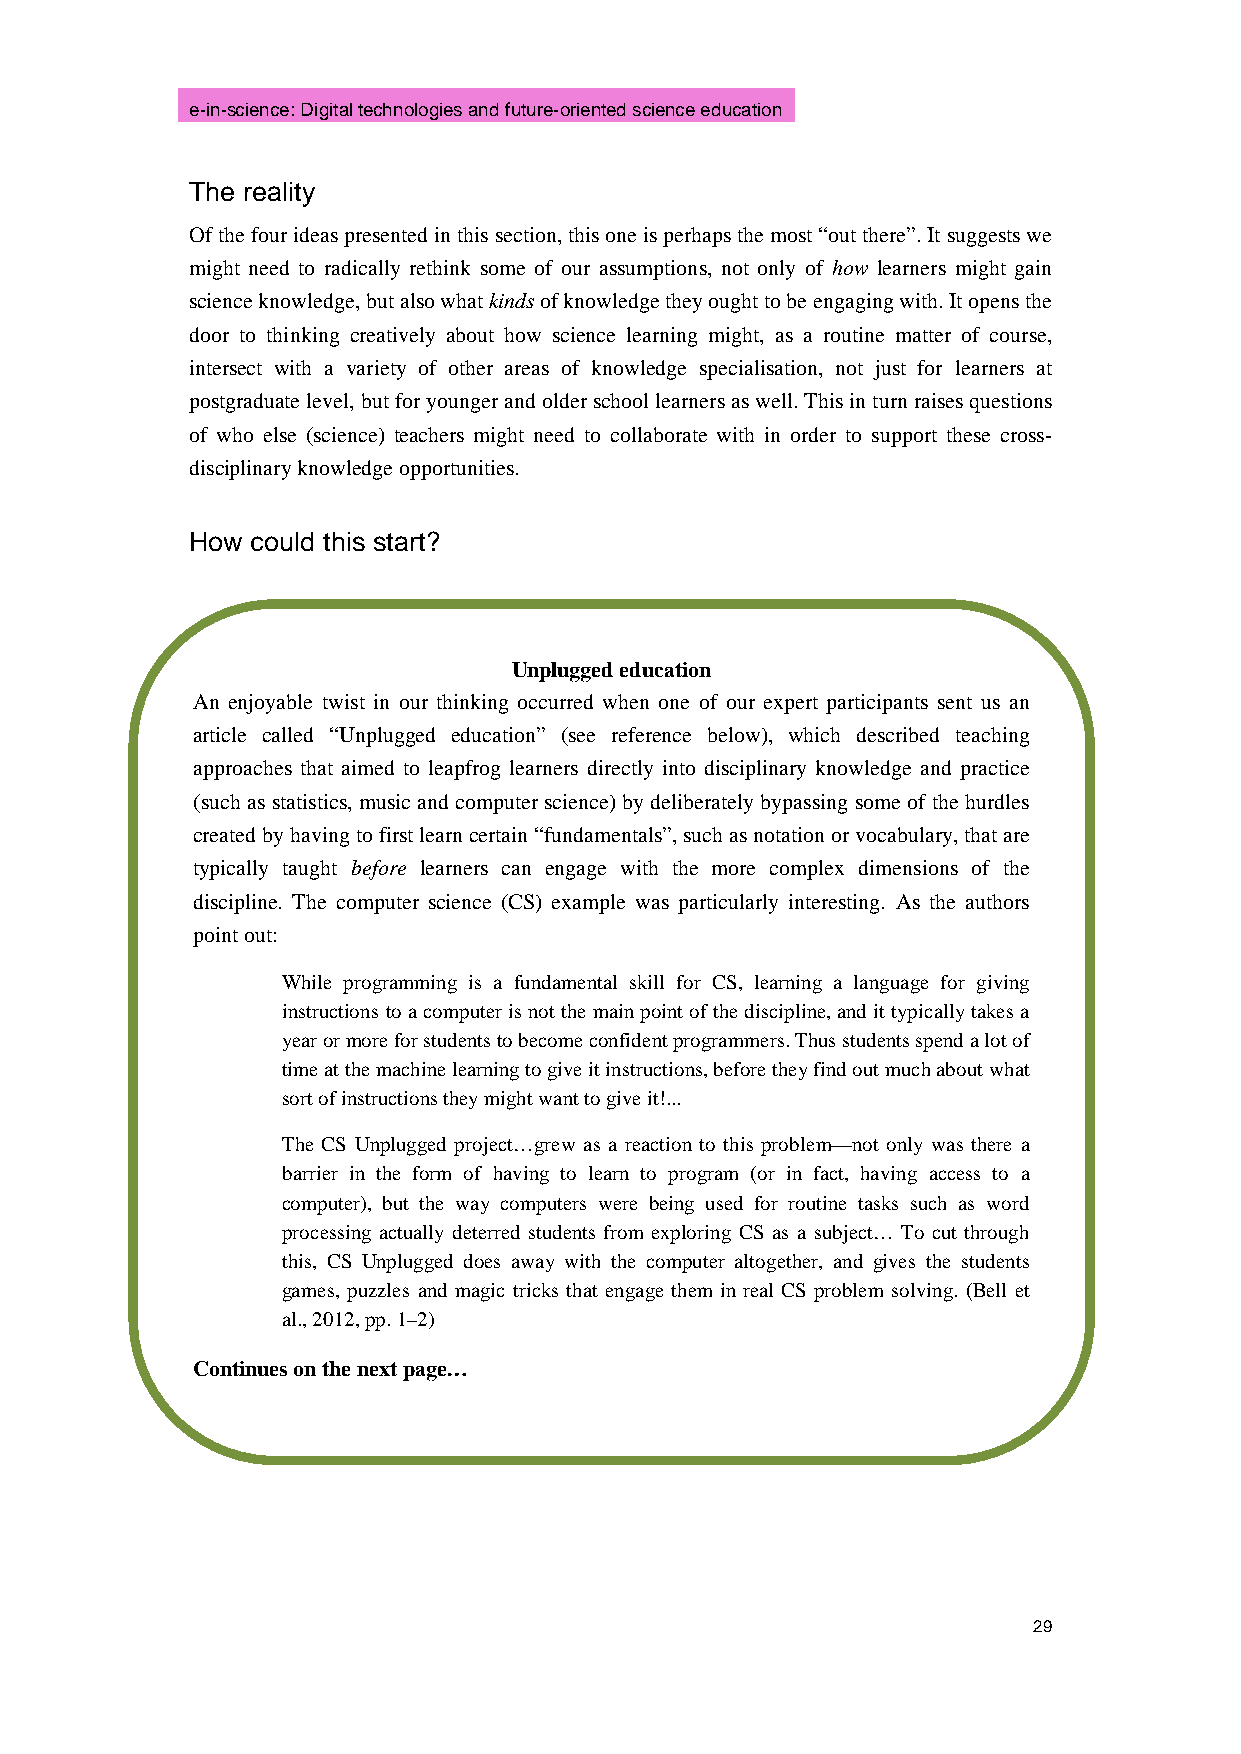
e-in-science: Digital technologies and future-oriented science education
 The reality
 Of the four ideas presented in this section, this one is perhaps the most “out there”. It suggests we
 might need to radically rethink some of our assumptions, not only of how learners might gain
 science knowledge, but also what kinds of knowledge they ought to be engaging with. It opens the
 door to thinking creatively about how science learning might, as a routine matter of course,
 intersect with a variety of other areas of knowledge specialisation, not just for learners at
 postgraduate level, but for younger and older school learners as well. This in turn raises questions
 of who else (science) teachers might need to collaborate with in order to support these cross-
 disciplinary knowledge opportunities.
 How could this start?
 Unplugged education
 An enjoyable twist in our thinking occurred when one of our expert participants sent us an
 article called “Unplugged education” (see reference below), which described teaching
 approaches that aimed to leapfrog learners directly into disciplinary knowledge and practice
 (such as statistics, music and computer science) by deliberately bypassing some of the hurdles
 created by having to first learn certain “fundamentals”, such as notation or vocabulary, that are
 typically taught before learners can engage with the more complex dimensions of the
 discipline. The computer science (CS) example was particularly interesting. As the authors
 point out:
 While programming is a fundamental skill for CS, learning a language for giving
 instructions to a computer is not the main point of the discipline, and it typically takes a
 year or more for students to become confident programmers. Thus students spend a lot of
 time at the machine learning to give it instructions, before they find out much about what
 sort of instructions they might want to give it!...
 The CS Unplugged project…grew as a reaction to this problem—not only was there a
 barrier in the form of having to learn to program (or in fact, having access to a
 computer), but the way computers were being used for routine tasks such as word
 processing actually deterred students from exploring CS as a subject… To cut through
 this, CS Unplugged does away with the computer altogether, and gives the students
 games, puzzles and magic tricks that engage them in real CS problem solving. (Bell et
 al., 2012, pp. 1–2)
 Continues on the next page…
 29